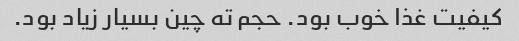
کیفیت غذا خوب بود. حجم ته چین بسیار زیاد بود.